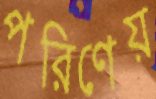
পরিণেয়